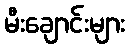
မီးချောင်းများ